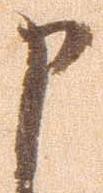
申